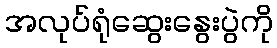
အလုပ်ရုံဆွေးနွေးပွဲကို